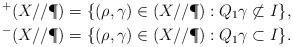
LaTeX: \begin{align*} ^+(X // \P) & = \{ (\rho, \gamma) \in (X // \P) : Q_1 \gamma \not \subset I \}, \\ ^-(X // \P) & = \{ (\rho, \gamma) \in (X // \P) : Q_1 \gamma \subset I \}.\end{align*}